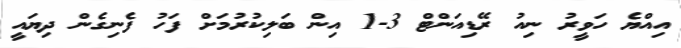
އިއްޔެ ހަވީރު ނިއު ރޭޑިއަންޓް 3-1 އިން ބަލިކުރުމަށް ފަހު ފެނިގެން ދިޔައީ